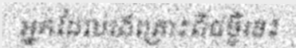
អ្នកដែលរងគ្រោះពីជម្ងឺនេះ